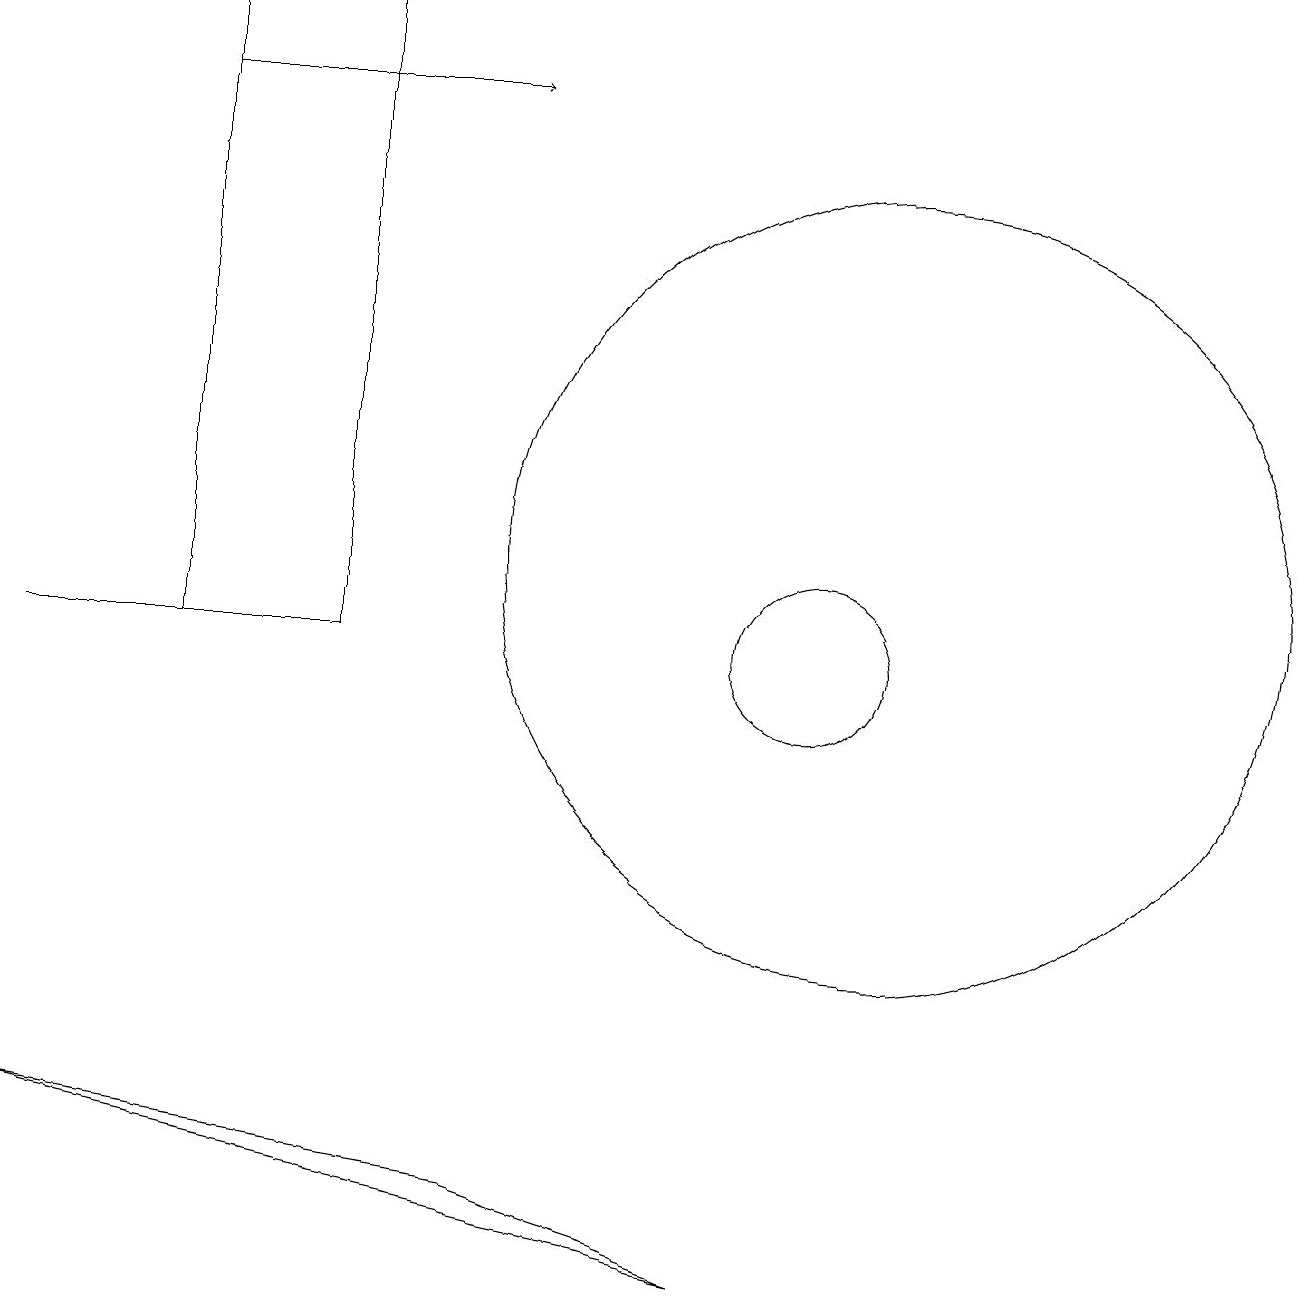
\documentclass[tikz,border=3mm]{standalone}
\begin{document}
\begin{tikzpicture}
\draw (11,12) circle (5);
\draw (9,3) -- (6,4) -- (0,5) -- cycle;
\draw (2,11) rectangle (4,19);
\draw[->] (2,18) -- (6,18);
\draw (10,11) circle (1);
\draw (0,11) rectangle (2,11);
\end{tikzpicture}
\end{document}